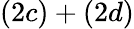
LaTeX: (2c)+(2d)